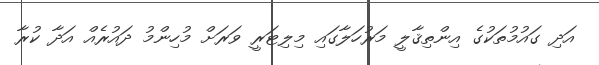
އަދި ގައުމުތަކުގެ އިންތިޤާލީ މަރުހަލާގައި މިލިޓަރީ ވަރަށް މުހިންމު ދައުރެއް އަދާ ކުރާ